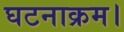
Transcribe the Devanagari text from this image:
घटनाक्रम।